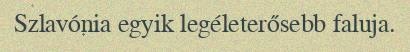
Szlavónia egyik legéleterősebb faluja.